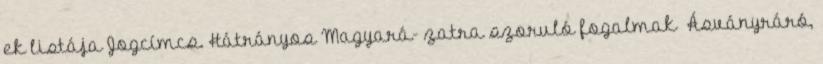
ek listája Jogcímcs. Hátrányos Magyará- zatra szoruló fogalmak ▪Ásványráró,